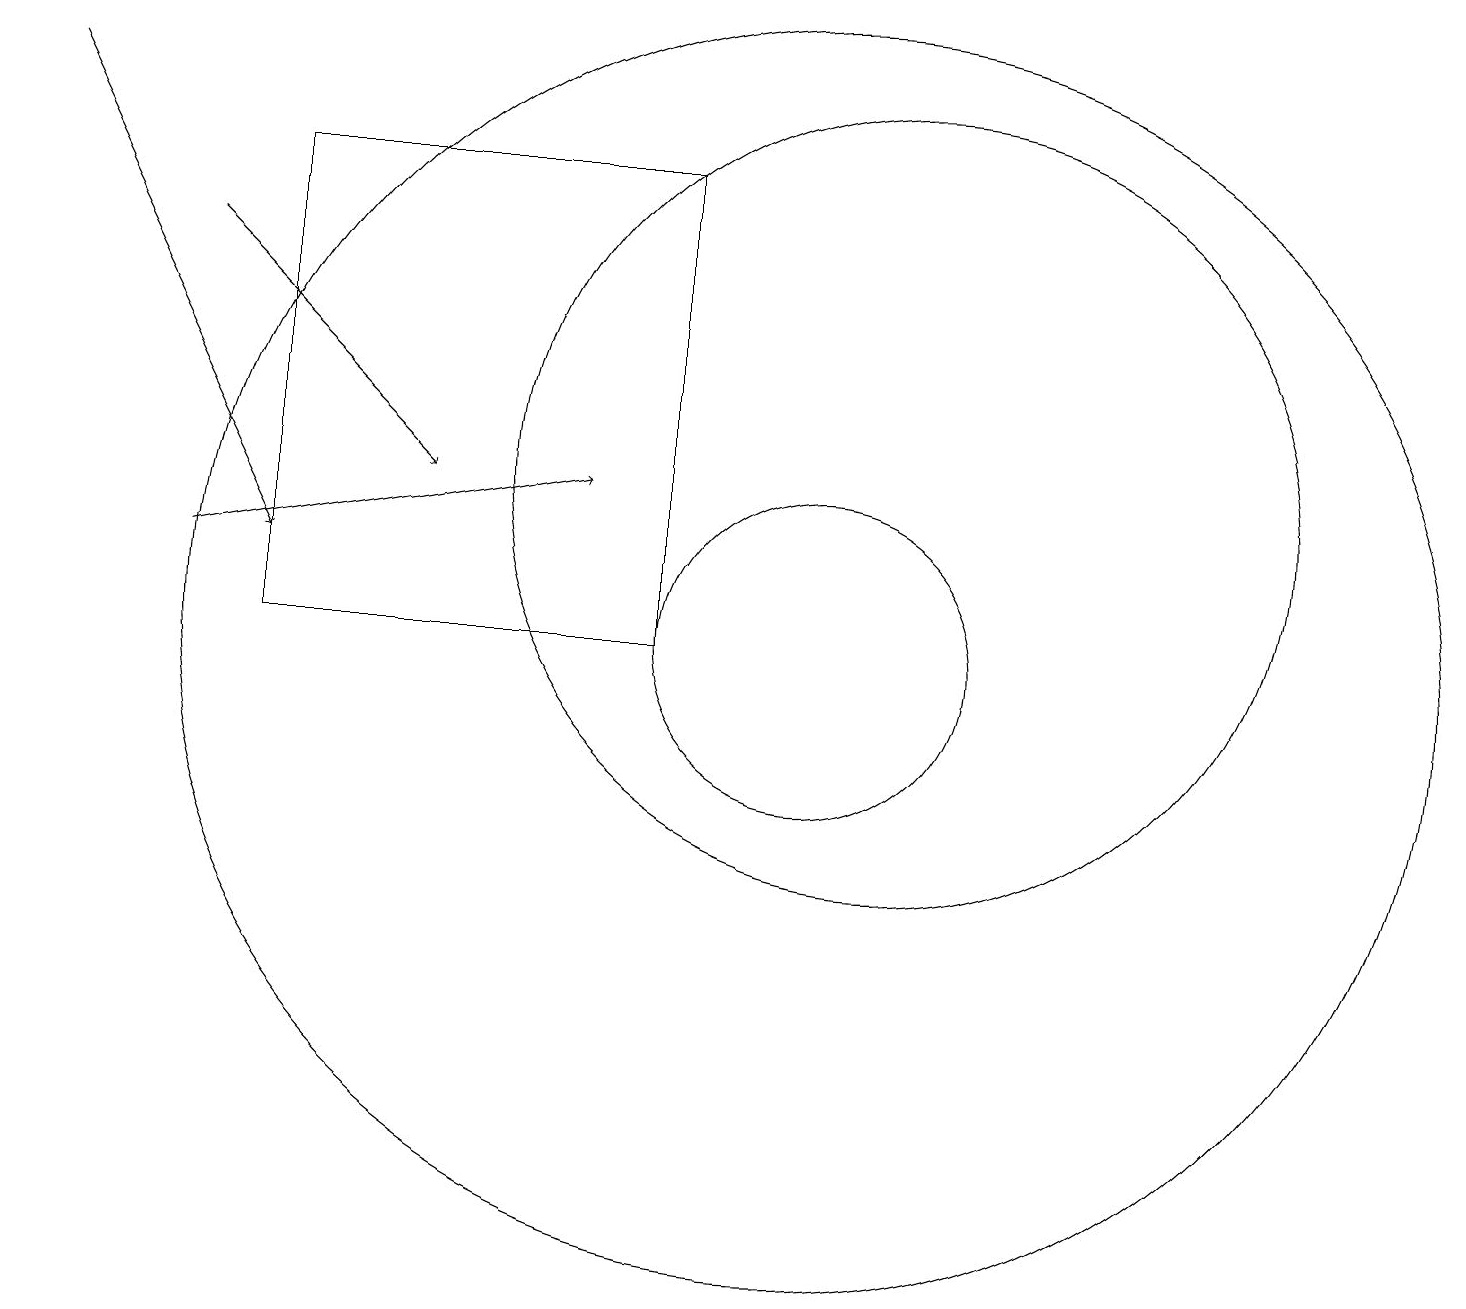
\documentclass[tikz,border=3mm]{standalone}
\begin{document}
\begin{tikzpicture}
\draw[->] (2,11) -- (7,12);
\draw (11,12) circle (5);
\draw (10,10) circle (2);
\draw (8,10) rectangle (3,16);
\draw[->] (0,17) -- (3,11);
\draw (10,10) circle (8);
\draw[->] (2,15) -- (5,12);
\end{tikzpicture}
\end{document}